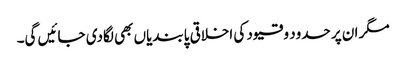
مگر ان پر حدود و قیود کی اخلاقی پابندیاں بھی لگادی جائیں گی۔